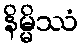
နိမ္မိဿံ